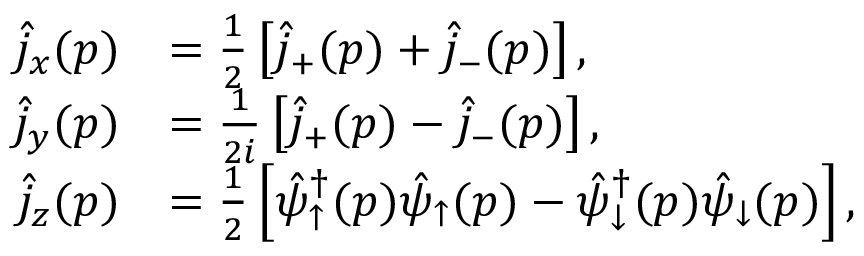
\begin{array} { r l } { \hat { j } _ { x } ( p ) } & { = \frac { 1 } { 2 } \left[ \hat { j } _ { + } ( p ) + \hat { j } _ { - } ( p ) \right] , } \\ { \hat { j } _ { y } ( p ) } & { = \frac { 1 } { 2 i } \left[ \hat { j } _ { + } ( p ) - \hat { j } _ { - } ( p ) \right] , } \\ { \hat { j } _ { z } ( p ) } & { = \frac { 1 } { 2 } \left[ \hat { \psi } _ { \uparrow } ^ { \dagger } ( p ) \hat { \psi } _ { \uparrow } ( p ) - \hat { \psi } _ { \downarrow } ^ { \dagger } ( p ) \hat { \psi } _ { \downarrow } ( p ) \right] , } \end{array}